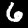
Digit: 6